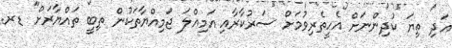
އަދި ތިޔަ ކުދިންނަށް އެހީތެރިވުމަށް ސަރުކާރާއި އަމިއްލަ ޖަމިއްޔާތަކުން ތިބީ ތައްޔާރަށް" ޑރ.